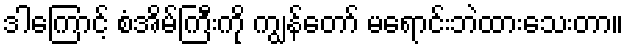
ဒါကြောင့် စံအိမ်ကြီးကို ကျွန်တော် မရောင်းဘဲထားသေးတာ။